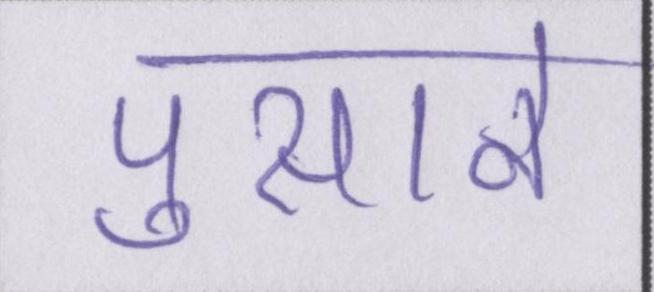
पुराने